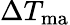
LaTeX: \Delta T_{\mathrm{ma}}